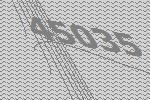
45035